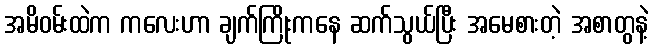
အမိဝမ်းထဲက ကလေးဟာ ချက်ကြိုးကနေ ဆက်သွယ်ပြီး အမေစားတဲ့ အစာတွနဲ့